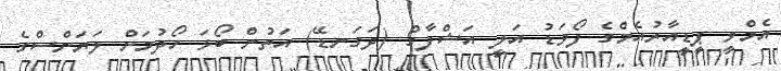
އެމްވީ ޕީޑީއާރުއެމްގެ ފޯވަޑު އަލީ އަޝްފާގް (ދަގަނޑޭ) އަތުން ބޯޅަ ހޯދުމަށް ލަޔަންސްގެ